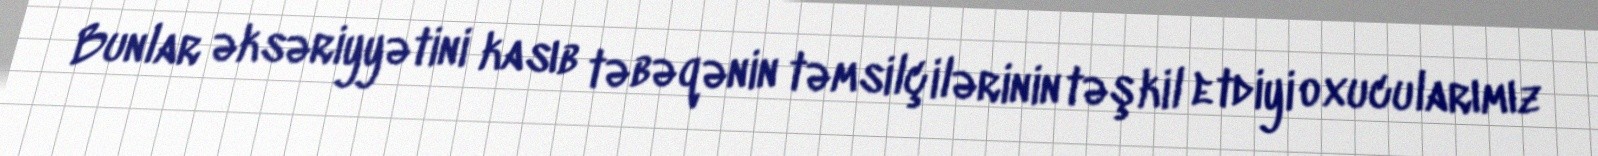
Bunlar əksəriyyətini kasıb təbəqənin təmsilçilərinin təşkil etdiyi oxucularımız